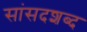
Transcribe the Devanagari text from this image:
सांसदशब्द